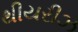
થીયરીઝ